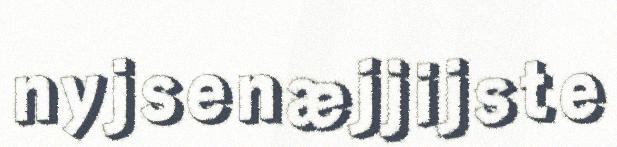
nyjsenæjjijste